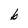
Character: b